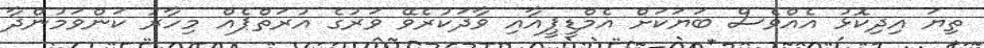
ތިޔަ އިދިކޮޅު އެއްވެސް ބަޔަކަށް އެމްޑީޕީއާއި ވާދަކުރެވޭ ވަރުގެ އުރަތްޕެއް މިހާރު ކަންވަމުންދާ